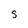
Character: S